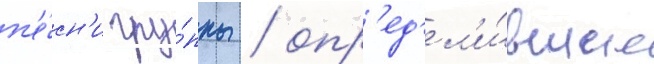
п'е́сн'и гру́ппы / опр'ед'ел'и́вшие